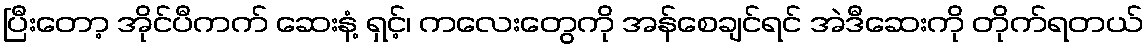
ပြီးတော့ အိုင်ပီကက် ဆေးနံ့ ရှင့်၊ ကလေးတွေကို အန်စေချင်ရင် အဲဒီဆေးကို တိုက်ရတယ်